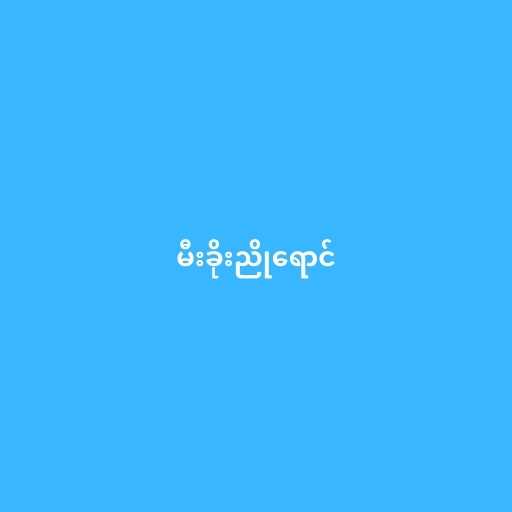
မီးခိုးညိုရောင်